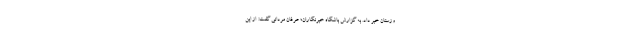
وزستان خبر داد. به گزارش باشگاه خبرنگاران؛ عرفان مردانی گفت:  از این